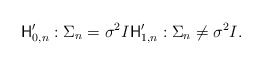
\begin{align*} \mathsf{H}'_{0,n}: \Sigma_n=\sigma^2 I \mathsf{H}'_{1,n}: \Sigma_n\neq \sigma^2 I . \end{align*}